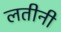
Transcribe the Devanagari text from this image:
लतीनी